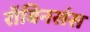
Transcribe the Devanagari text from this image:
रॉबिनसंस